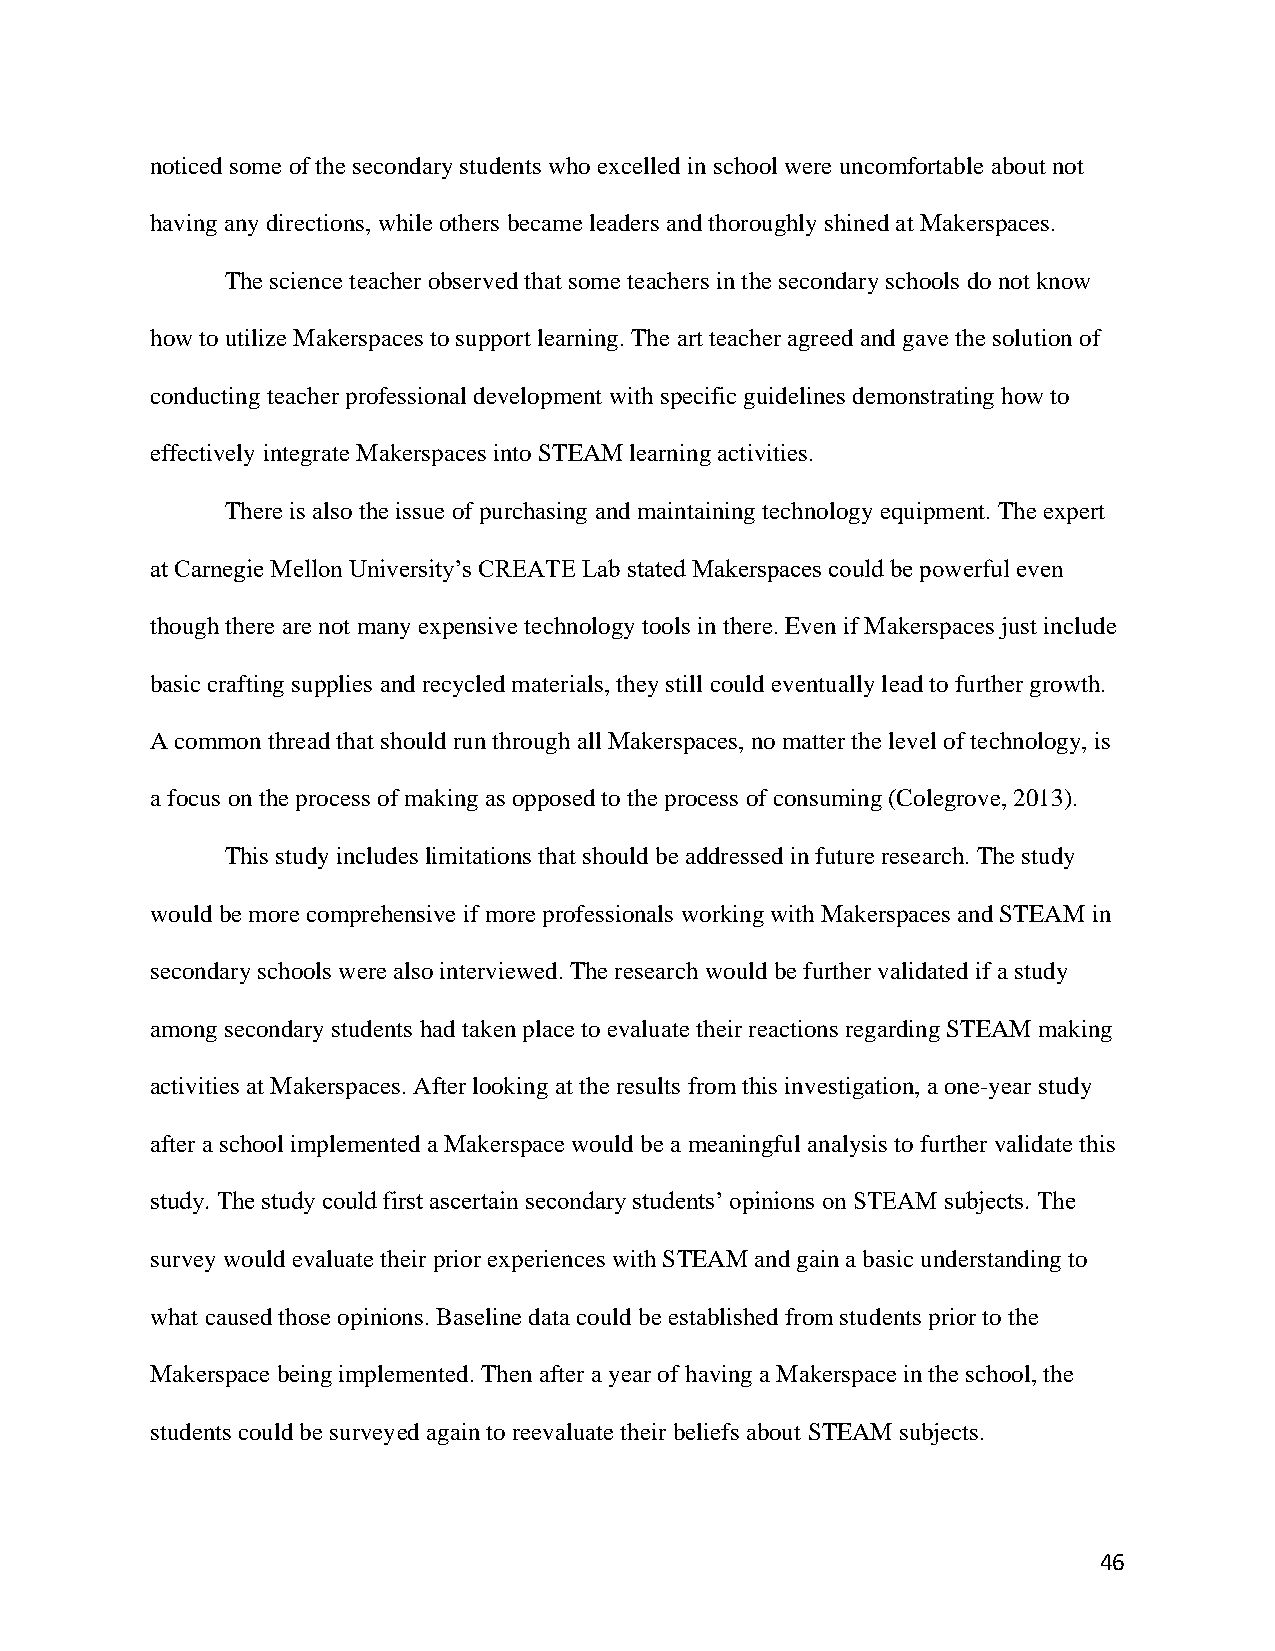
noticed some of the secondary students who excelled in school were uncomfortable about not
 having any directions, while others became leaders and thoroughly shined at Makerspaces.
 The science teacher observed that some teachers in the secondary schools do not know
 how to utilize Makerspaces to support learning. The art teacher agreed and gave the solution of
 conducting teacher professional development with specific guidelines demonstrating how to
 effectively integrate Makerspaces into STEAM learning activities.
 There is also the issue of purchasing and maintaining technology equipment. The expert
 at Carnegie Mellon University’s CREATE Lab stated Makerspaces could be powerful even
 though there are not many expensive technology tools in there. Even if Makerspaces just include
 basic crafting supplies and recycled materials, they still could eventually lead to further growth.
 A common thread that should run through all Makerspaces, no matter the level of technology, is
 a focus on the process of making as opposed to the process of consuming (Colegrove, 2013).
 This study includes limitations that should be addressed in future research. The study
 would be more comprehensive if more professionals working with Makerspaces and STEAM in
 secondary schools were also interviewed. The research would be further validated if a study
 among secondary students had taken place to evaluate their reactions regarding STEAM making
 activities at Makerspaces. After looking at the results from this investigation, a one-year study
 after a school implemented a Makerspace would be a meaningful analysis to further validate this
 study. The study could first ascertain secondary students’ opinions on STEAM subjects. The
 survey would evaluate their prior experiences with STEAM and gain a basic understanding to
 what caused those opinions. Baseline data could be established from students prior to the
 Makerspace being implemented. Then after a year of having a Makerspace in the school, the
 students could be surveyed again to reevaluate their beliefs about STEAM subjects.
 46